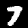
Label: 7